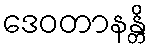
ဒေဝတာနန္တိ